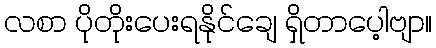
လစာ ပိုတိုးပေးရနိုင်ချေ ရှိတာပေ့ါဗျာ။